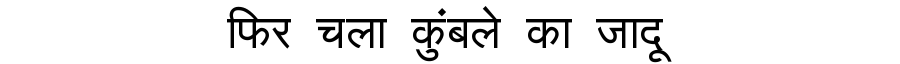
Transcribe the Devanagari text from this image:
फिर चला कुंबले का जादू